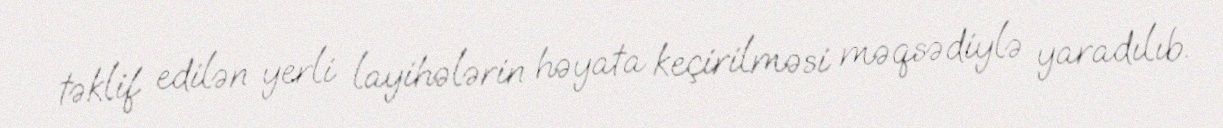
təklif edilən yerli layihələrin həyata keçirilməsi məqsədiylə yaradılıb.